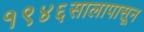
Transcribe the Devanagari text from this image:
१९४६सालापासून